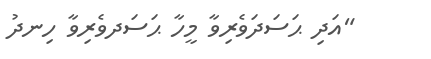
"އަދި ޙަސަދަވެރިވާ މީހާ ޙަސަދވެރިވާ ހިނދު